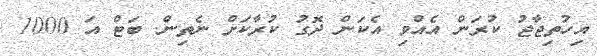
އިހުތިޖާޖު ކުރަން އެއްވި އެކަން ދޮގު ކުރާކަށް ނެތިން. ބަޓް އަ 1000